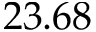
2 3 . 6 8